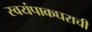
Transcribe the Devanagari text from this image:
स्वयंपाकघराची